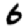
Digit: 6